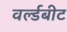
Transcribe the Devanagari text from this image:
वर्ल्डबीट